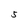
Character: 5